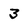
Character: 3